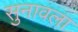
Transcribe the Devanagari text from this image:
सुनावला